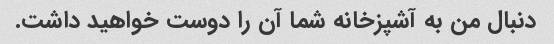
دنبال من به آشپزخانه شما آن را دوست خواهید داشت.